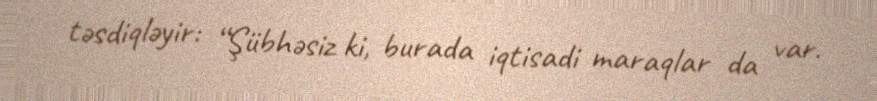
təsdiqləyir: “Şübhəsiz ki, burada iqtisadi maraqlar da var.